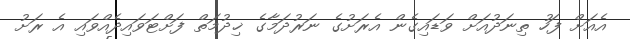
އެއަށް ފަހު ތިނަދުއަށް ވަޑައިގެން އެރަށުގެ ނަރުދަމާގެ ޚިދުމަތް ފަށްޓަވައިދެއްވައި އެ ރަށު